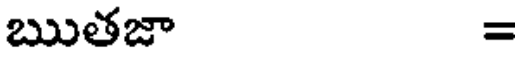
ఋతజా =